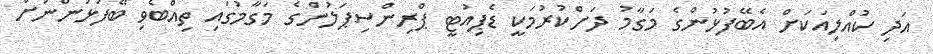
އަދި ކުއްލިއަކަށް އެބޭފުޅުންގެ މަގާމު ދަށްކުރުމަކީ ޑެޕިއުޓީ ޕްރިންސިޕަލުންގެ މަގާމުގައި ތިއްބެވި ބޭފުޅުންނަށް